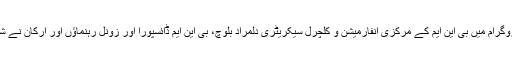
آن لائن پروگرام میں بی این ایم کے مرکزی انفارمیشن و کلچرل سیکریٹری دلمراد بلوچ، بی این ایم ڈائسپورا اور زونل رہنماؤں اور ارکان نے شرکت کی۔